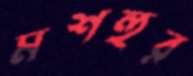
মশহুর